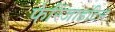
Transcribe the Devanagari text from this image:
फेरिंजाइटिस